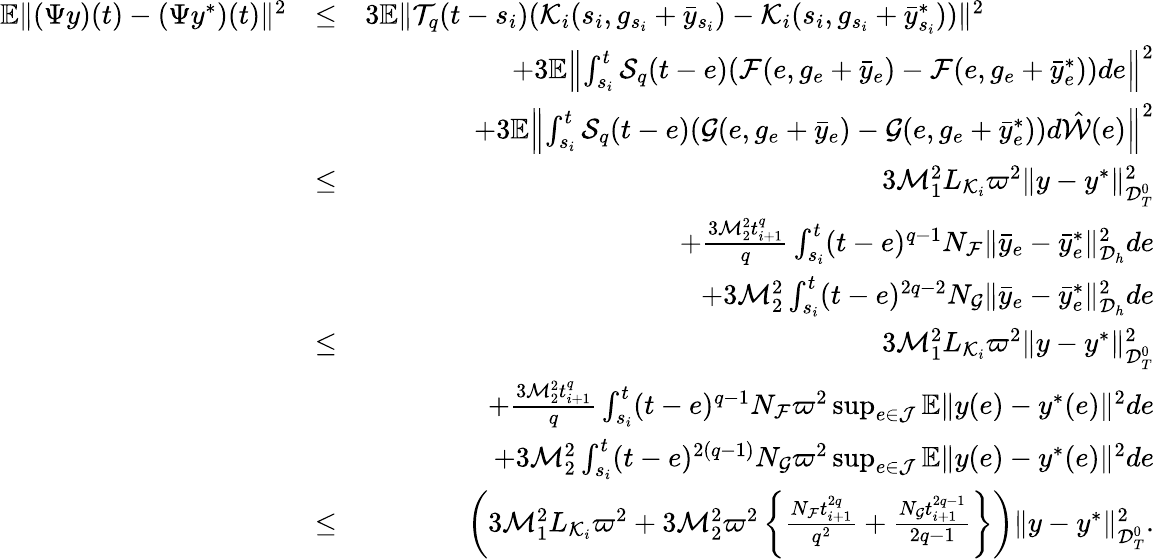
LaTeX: \begin{array}{rlr}{\mathbb{E}\| ({\Psi}y)(t)-(\Psi y^{*})(t)\| ^{2}}&{\leq}&{3\mathbb{E}\| {\cal T}_{q}(t-s_{i})({\cal K}_{i}(s_{i},g_{s_{i}}+\bar{y}_{s_{i}})-{\cal K}_{i}(s_{i},g_{s_{i}}+\bar{y}_{s_{i}}^{*}))\| ^{2}\qquad\qquad\qquad}\\ &{}&{+3\mathbb{E}\left\| \int_{s_{i}}^{t}{\cal S}_{q}(t-e)({\cal F}(e,g_{e}+\bar{y}_{e})-{\cal F}(e,g_{e}+\bar{y}_{e}^{*}))de\right\| ^{2}}\\ &{}&{+3\mathbb{E}\left\| \int_{s_{i}}^{t}{\cal S}_{q}(t-e)({\cal G}(e,g_{e}+\bar{y}_{e})-{\cal G}(e,g_{e}+\bar{y}_{e}^{*}))d\hat{\cal W}(e)\right\| ^{2}}\\ &{\leq}&{3{\cal M}_{1}^{2}L_{{\cal K}_{i}}\varpi^{2}\| y-y^{*}\| _{{\cal D}_{T}^{0}}^{2}}\\ &{}&{+\frac{3{\cal M}_{2}^{2}t_{i+1}^{q}}{q}\int_{s_{i}}^{t}(t-e)^{q-1}N_{\cal F}\| \bar{y}_{e}-\bar{y}_{e}^{*}\| _{{\cal D}_{h}}^{2}de}\\ &{}&{+3{\cal M}_{2}^{2}\int_{s_{i}}^{t}(t-e)^{2q-2}N_{\cal G}\| \bar{y}_{e}-\bar{y}_{e}^{*}\| _{{\cal D}_{h}}^{2}de}\\ &{\leq}&{3{\cal M}_{1}^{2}L_{{\cal K}_{i}}\varpi^{2}\| y-y^{*}\| _{{\cal D}_{T}^{0}}^{2}}\\ &{}&{+\frac{3{\cal M}_{2}^{2}t_{i+1}^{q}}{q}\int_{s_{i}}^{t}(t-e)^{q-1}N_{\cal F}\varpi^{2}\operatorname*{sup}_{e\in{\cal J}}\mathbb{E}\| y(e)-y^{*}(e)\| ^{2}de}\\ &{}&{+3{\cal M}_{2}^{2}\int_{s_{i}}^{t}(t-e)^{2(q-1)}N_{\cal G}\varpi^{2}\operatorname*{sup}_{e\in{\cal J}}\mathbb{E}\| y(e)-y^{*}(e)\| ^{2}de}\\ &{\leq}&{\left(3{\cal M}_{1}^{2}L_{{\cal K}_{i}}\varpi^{2}+3{\cal M}_{2}^{2}\varpi^{2}\left\{ \frac{N_{\cal F}t_{i+1}^{2q}}{q^{2}}+\frac{N_{\cal G}t_{i+1}^{2q-1}}{2q-1}\right\} \right)\| y-y^{*}\| _{{\cal D}_{T}^{0}}^{2}.}\end{array}